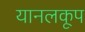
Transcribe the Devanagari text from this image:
यानलकूप